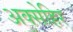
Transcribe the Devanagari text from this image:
अक्सेहिर